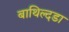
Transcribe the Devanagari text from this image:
बाथिल्दडा